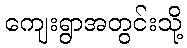
ကျေးရွာအတွင်းသို့